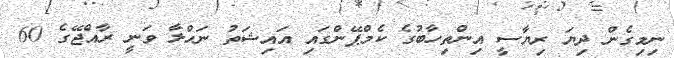
ނިމިގެން ދިޔަ ރިޔާސީ އިންތިހާބުގެ ކެމްޕޭންގައި އައިޝަތު ނަހްލާ ވަނީ ރާއްޖޭގެ 60